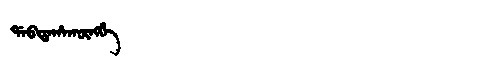
Manchu: ᡩᠠᠪᡨᠠᡥᠠᡴᡡᠩᡤᡝ
Romanization: DABTAHAKŪNGGE